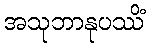
အသုဘာနုပဿိံ